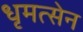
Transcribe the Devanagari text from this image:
धृमत्सेन